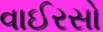
વાઈરસો